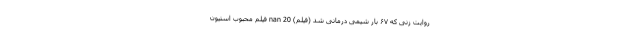
روایت زنی که ۶۷ بار شیمی درمانی شد (فیلم) nan 20 فیلم محبوب استیون